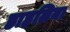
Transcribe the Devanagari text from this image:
डाहलिया